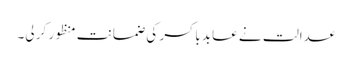
عدالت نے عابد باکسر کی ضمانت منظور کر لی۔